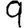
Digit: 9